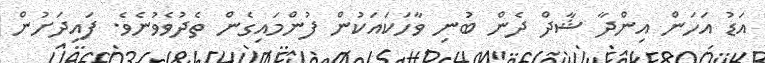
އަޑު އަހަން އިންދާ ޝާދް ދެން ބުނި ވާހަކައަކުން ފުންމައިގެން ތެދުވެވުނެވެ. ފައިދަށުން